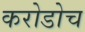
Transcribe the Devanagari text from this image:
करोडोच